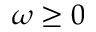
\omega \ge 0